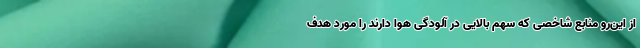
از این‌رو منابع شاخصی که سهم بالایی در آلودگی هوا دارند را مورد هدف